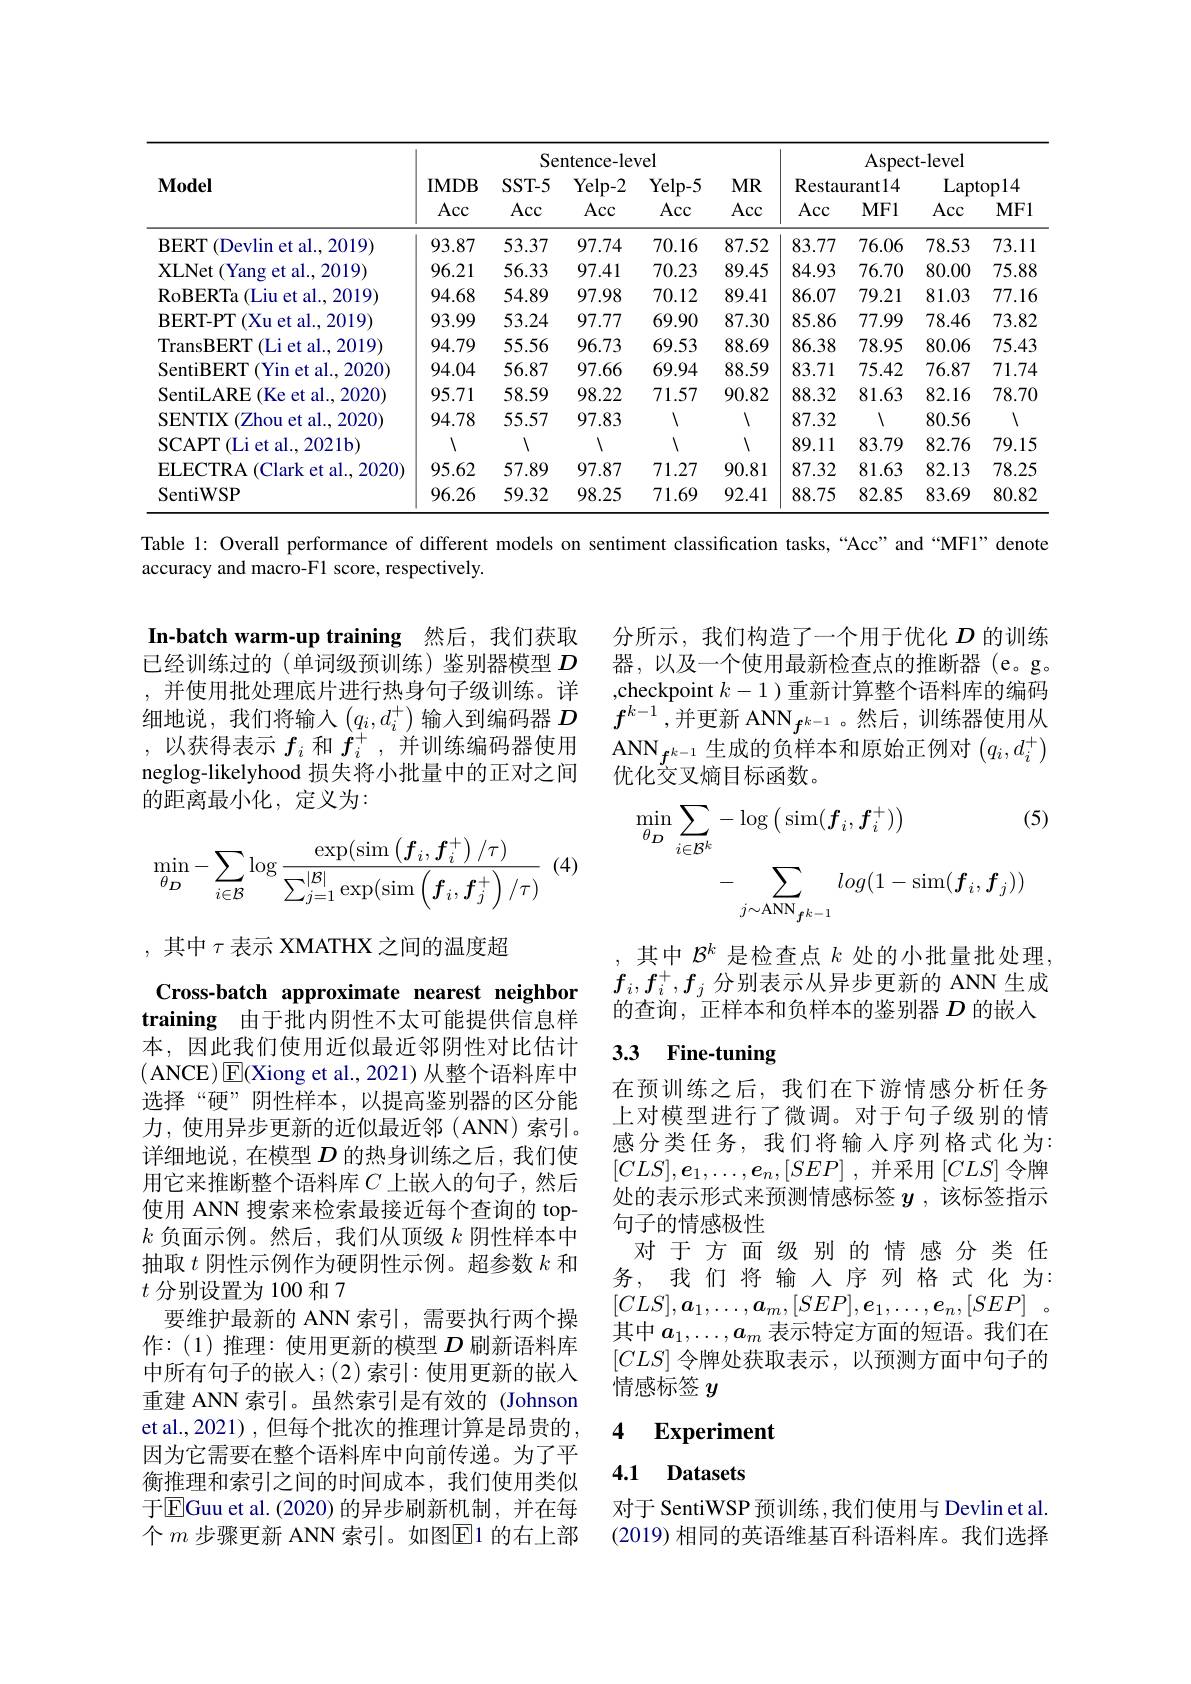
<table>
	<tbody>
		<tr>
			<th rowspan="3">$\mathbf{Model}$</th>
			<th colspan="4">Sentence-level</th>
			<th> </th>
			<th colspan="4">Aspect- level</th>
		</tr>
		<tr>
			<th rowspan="2">IMDB Acc</th>
			<th rowspan="2">$SST-5$ Acc</th>
			<th rowspan="2">$Yelp-2$ Acc</th>
			<th rowspan="2">$Yelp-5$ Acc</th>
			<th rowspan="2">$MR$ Acc</th>
			<th colspan="2">Restaurant14</th>
			<th colspan="2">Laptop14</th>
		</tr>
		<tr>
			<th>Acc</th>
			<th>$MF1$</th>
			<th>Acc</th>
			<th>$MF1$</th>
		</tr>
		<tr>
			<td>$\mathbf{BERT}$ (Devlin et al., 2019)</td>
			<td>93.87</td>
			<td>53.37</td>
			<td>97.74</td>
			<td>70.16</td>
			<td>87.52</td>
			<td>83.77</td>
			<td>76.06</td>
			<td>78.53</td>
			<td>73.11</td>
		</tr>
		<tr>
			<td>XLNet ( Yang et al. , 2019) </td>
			<td>96.21</td>
			<td>56.33</td>
			<td>97.41</td>
			<td>70.23</td>
			<td>89.45</td>
			<td>84.93</td>
			<td>76.70</td>
			<td>80.00</td>
			<td>75.88</td>
		</tr>
		<tr>
			<td>RoBERTa ( Liu et al. , 2019) </td>
			<td>94.68</td>
			<td>54.89</td>
			<td>97.98</td>
			<td>70.12</td>
			<td>89.41</td>
			<td>86.07</td>
			<td>79.21</td>
			<td>81.03</td>
			<td>77.16</td>
		</tr>
		<tr>
			<td>$\mathbf{BERT-PT}$ $\Gamma($Xu et al., 2019)</td>
			<td>93.99</td>
			<td>53.24</td>
			<td>97.77</td>
			<td>69.90</td>
			<td>87.30</td>
			<td>85.86</td>
			<td>77.99</td>
			<td>78.46</td>
			<td>73.82</td>
		</tr>
		<tr>
			<td>TransBERT (Li et al., 2019)</td>
			<td>94.79</td>
			<td>55.56</td>
			<td>96.73</td>
			<td>69.53</td>
			<td>88.69</td>
			<td>86.38</td>
			<td>78.95</td>
			<td>80.06</td>
			<td>75.43</td>
		</tr>
		<tr>
			<td>SentiBERT (Yin et al., 2020)</td>
			<td>94.04</td>
			<td>56.87</td>
			<td>97.66</td>
			<td>69.94</td>
			<td>88.59</td>
			<td>83.71</td>
			<td>75.42</td>
			<td>76.87</td>
			<td>71.74</td>
		</tr>
		<tr>
			<td>SentiLARE (Ke et al., 2020)</td>
			<td>95.71</td>
			<td>58.59</td>
			<td>98.22</td>
			<td>71.57</td>
			<td>90.82</td>
			<td>88.32</td>
			<td>81.63</td>
			<td>82.16</td>
			<td>78.70</td>
		</tr>
		<tr>
			<td>SENTIX (Zhou et al., 2020)</td>
			<td>94.78</td>
			<td>55.57</td>
			<td>97.83</td>
			<td>1</td>
			<td>1</td>
			<td>87.32</td>
			<td>1</td>
			<td>80.56</td>
			<td>1</td>
		</tr>
		<tr>
			<td>SCAPT $\Gamma($Li et al..,2021b)</td>
			<td>1</td>
			<td>1</td>
			<td>1</td>
			<td>1</td>
			<td>1</td>
			<td>89.11</td>
			<td>83.79</td>
			<td>82.76</td>
			<td>79.15</td>
		</tr>
		<tr>
			<td>ELECTRA (Clark et al., 2020)</td>
			<td>95.62</td>
			<td>57.89</td>
			<td>97.87</td>
			<td>71.27</td>
			<td>90.81</td>
			<td>87.32</td>
			<td>81.63</td>
			<td>82.13</td>
			<td>78.25</td>
		</tr>
		<tr>
			<td>SentiWSP</td>
			<td>96.26</td>
			<td>59.32</td>
			<td>98.25</td>
			<td>71.69</td>
			<td>92.41</td>
			<td>88.75</td>
			<td>82.85</td>
			<td>83.69</td>
			<td>80.82</td>
		</tr>
	</tbody>
</table>

Table l: Overall performance of different models on sentiment classification tasks,“Acc" and “MFl” denote
accuracy and macro-F1 score, respectively.

分所示，我们构造了一个用于优化$D$的训练器，以及一个使用最新检查点的推断器(e。g。,checkpoint $k-1$ )重新计算整个语料库的编码
细地说，我们将输入$\left(q_i,d_i^+\right)$输入到编码器$D$ $f^k- 1$,并更新 ANN$f^{k-1}$。然后，训练器使用从
$\mathrm{ANN}_{f^{k-1}}$生成的负样本和原始正例对$(q_i,d_i^+)$
优化交叉熵目标函数。

In-batch warm-up training 然后，我们获取已经训练过的 (单词级预训练)鉴别器模型$D$ ,并使用批处理底片进行热身句子级训练。详,以获得表示$f_i$和$f_i^+$,并训练编码器使用neglog-likelyhood 损失将小批量中的正对之间的距离最小化，定义为：
$$\begin{aligned}\min_{\theta_{D}}\sum_{i\in\mathcal{B}^{k}}&-\log\left(\sin(f_{i},f_{i}^{+})\right)&\text{(5}\\&-\sum_{j\sim\mathrm{ANN}_{\boldsymbol{f}^{k-1}}}log(1-\mathrm{sim}(\boldsymbol{f}_{i},\boldsymbol{f}_{j}))\end{aligned}$$
(4)
$$\min_{\theta_D}-\sum_{i\in\mathcal{B}}\log\frac{\exp(\sin\left(\boldsymbol{f}_i,\boldsymbol{f}_i^+\right)/\tau)}{\sum_{j=1}^{|\mathcal{B}|}\exp(\sin\left(\boldsymbol{f}_i,\boldsymbol{f}_j^+\right)/\tau)}\:($$
,其中$\tau$表示 XMATHX 之间的温度超

其中$\mathcal{B}^k$是检查点$k$处的小批量批处理， $f_i,f_i^+,f_j$分别表示从异步更新的 ANN 生成的查询，“正样本和负样本的鉴别器$D$的嵌入

### 3.3 Fine-tuning

在预训练之后，我们在下游情感分析任务上对模型进行了微调。对于句子级别的情感分类任务，我们将输入序列格式化为： $[ CLS] , \boldsymbol{e}_{1}, \ldots , \boldsymbol{e}_{n}, [ SEP]$ ,并采用$[CLS]$令牌处的表示形式来预测情感标签$y$ ,该标签指示句子的情感极性
对于方面级别的情感分类任务，我们将输入序列格式化为3 $[ CLS] , \boldsymbol{a}_1, \ldots , \boldsymbol{a}_m, [ SEP] , \boldsymbol{e}_1, \ldots , \boldsymbol{e}_n, [ SEP]$ 。其中$a_1,\ldots,a_m$表示特定方面的短语。我们在$[CLS]$令牌处获取表示，以预测方面中句子的情感标签$y$

Cross-batch approximate nearest neighbor training 由于批内阴性不太可能提供信息样本，因此我们使用近似最近邻阴性对比估计(ANCE$)\boxed{\mathrm{F}}($Xiong et al., 2021)从整个语料库中选择“硬”阴性样本，以提高鉴别器的区分能力，使用异步更新的近似最近邻(ANN)索引。详细地说，在模型$D$的热身训练之后，我们使用它来推断整个语料库$C$上嵌入的句子，然后使用 ANN 搜索来检索最接近每个查询的 top- $k$负面示例。然后，我们从顶级$k$阴性样本中抽取$t$阴性示例作为硬阴性示例。超参数$k$和$t$分别设置为 100 和 7
要维护最新的 ANN 索引，需要执行两个操作：(1)推理：使用更新的模型$D$刷新语料库中所有句子的嵌人；(2)索引：使用更新的嵌入重建 ANN 索引。虽然索引是有效的 (Johnson et al., 2021) , 但每个批次的推理计算是昂贵的， 因为它需要在整个语料库中向前传递。为了平衡推理和索引之间的时间成本，我们使用类似于$\overline{\mathrm{E}}$Guu et al.(2020)的异步刷新机制，并在每个 $m$ 步骤更新 ANN 索引。如图$\mathbb{E}$1 的右上部

### 4 $\textbf{Experiment}$

## 4.1 Datasets

对于 SentiWSP 预训练 ,我们使用与 Devlin et al. (2019) 相同的英语维基百科语料库。我们选择